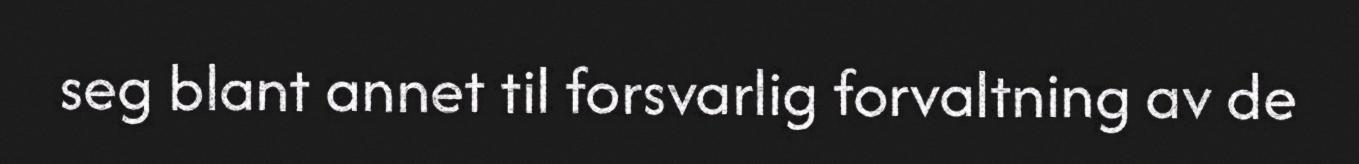
seg blant annet til forsvarlig forvaltning av de